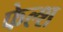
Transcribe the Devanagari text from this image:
फेल्श